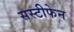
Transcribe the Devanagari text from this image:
सस्टीफेन